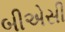
બીએસી